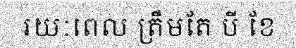
រយៈពេល ត្រឹមតែ បី ខែ